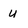
Character: u